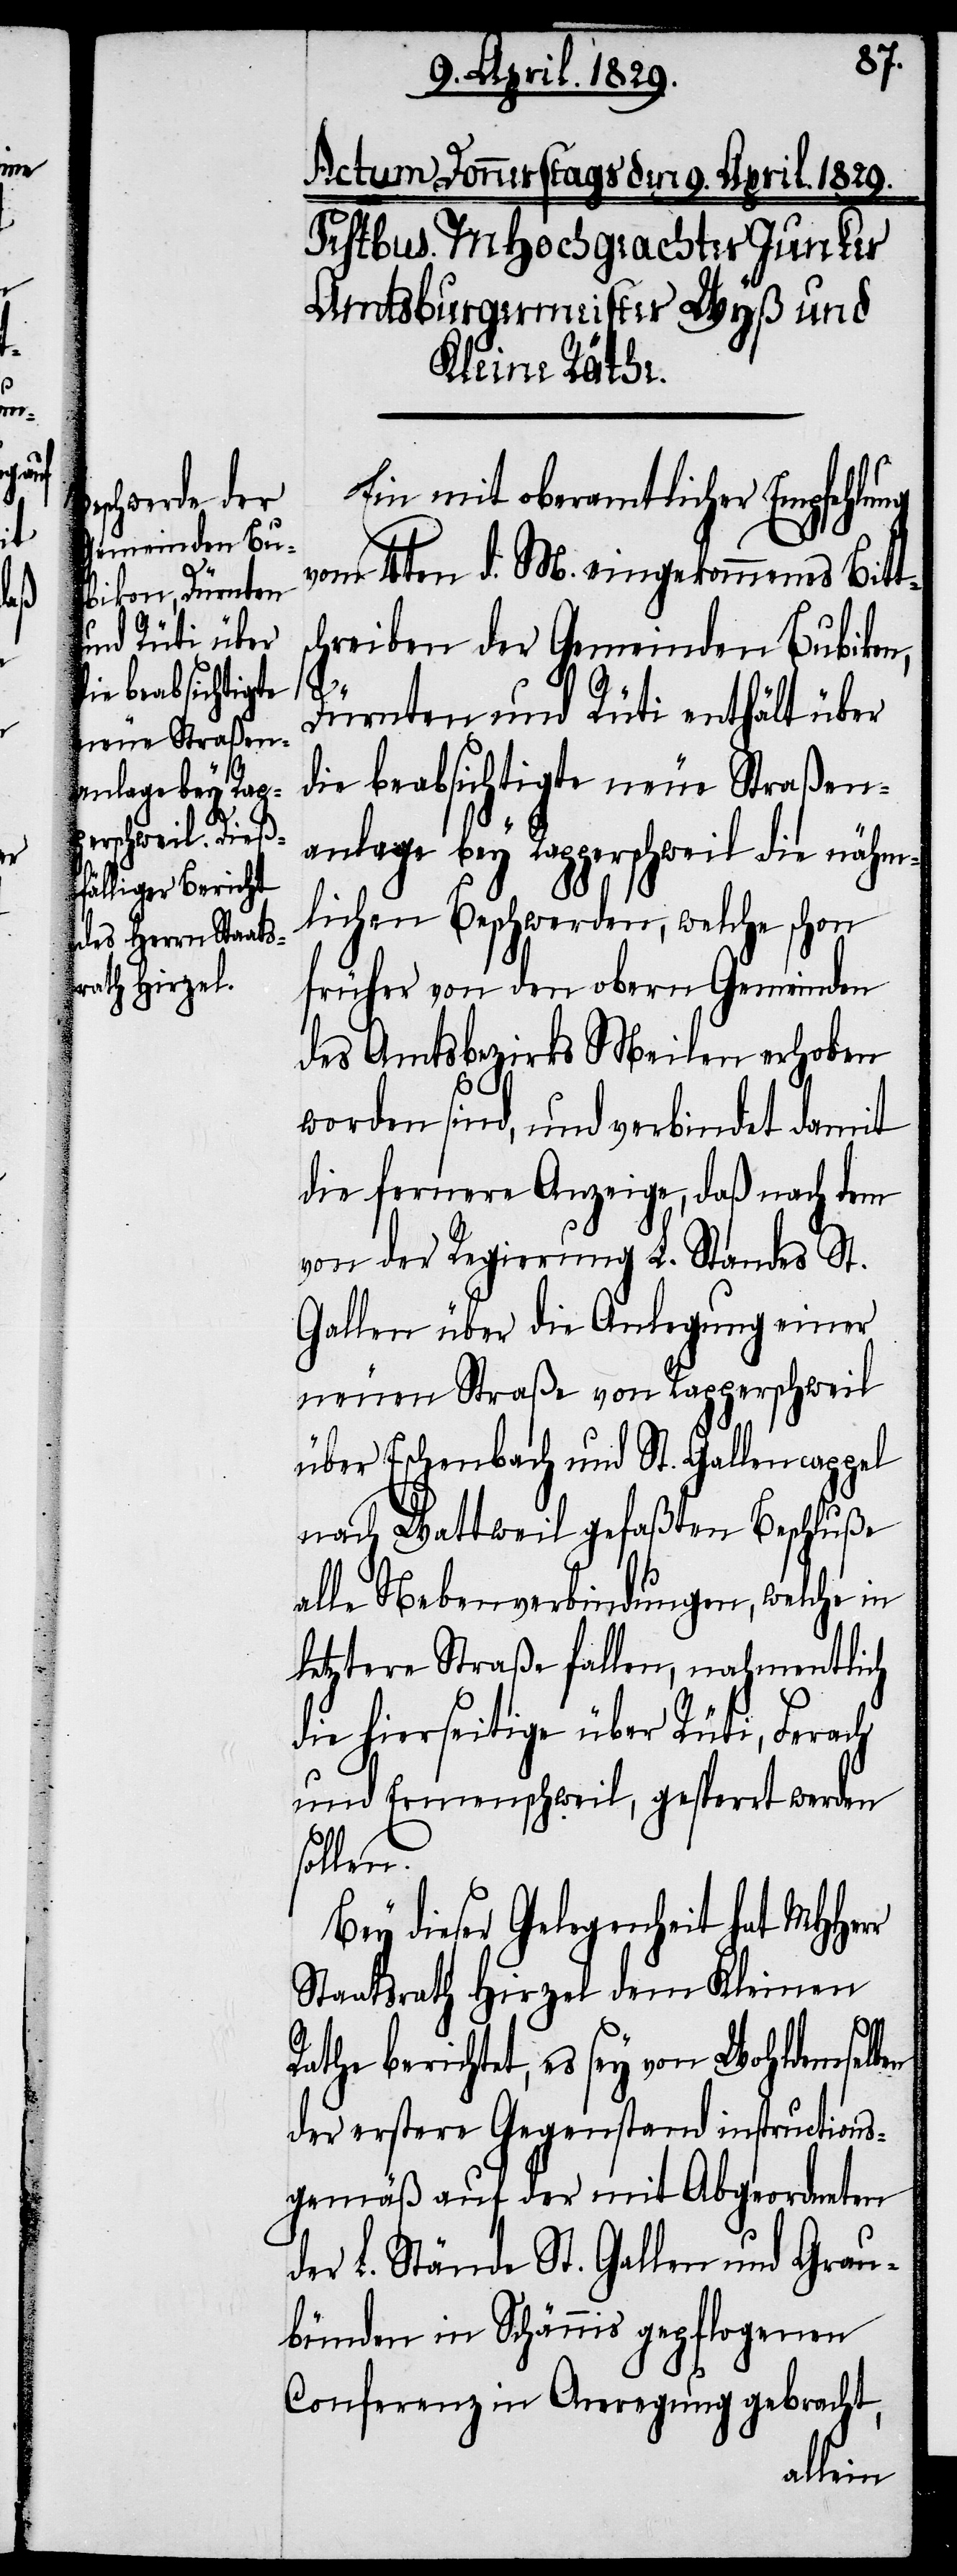
Ein mit oberamtlicher Empfehlung
vom 4ten d. M. eingekommenes Bitts¬
chreiben der Gemeinden Bubikon,
Dürnten und Rüti enthält über
die beabsichtigte neue Straßen¬
anlage bey Rapperschweil die nähm¬
lichen Beschwerden, welche schon
früher von den obern Gemeinden
des Amtsbezirks Meilen erhoben
worden sind, und verbindet damit
die fernere Anzeige, daß nach dem
von der Regierung L. Standes St.
Gallen über die Anlegung einer
neuen Straße von Rapperschweil
über Eschenbach und St. Gallencappel
nach Wattweil gefaßten Beschluße
alle Nebenverbindungen, welche in
letztere Straße fallen, nahmentlich
die hierseitige über Rüti, Ferach
und Ermenschweil, gesperrt werden
sollen.
Bey dieser Gelegenheit hat MHHerr
Staatsrath Hirzel dem Kleinen
Rathe berichtet, es sey von Wohldemselben
der erstere Gegenstand instructions¬
gemäß auf der mit Abgeordneten
der L. Stände St. Gallen und Grau¬
bünden in Schännis gepflogenen
Conferenz in Anregung gebracht,